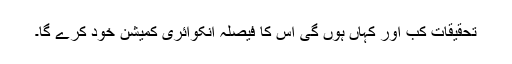
تحقیقات کب اور کہاں ہوں گی اس کا فیصلہ انکوائری کمیشن خود کرے گا۔